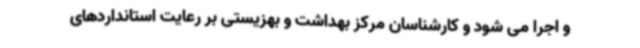
و اجرا می شود و کارشناسان مرکز بهداشت و بهزیستی بر رعایت استانداردهای